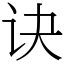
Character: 诀